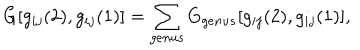
G [ g _ { i j } ( 2 ) , g _ { i j } ( 1 ) ] = \sum _ { g e n u s } G _ { g e n u s } [ g _ { i j } ( 2 ) , g _ { i j } ( 1 ) ] ,